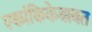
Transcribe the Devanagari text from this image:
एकांकिकेबाबत